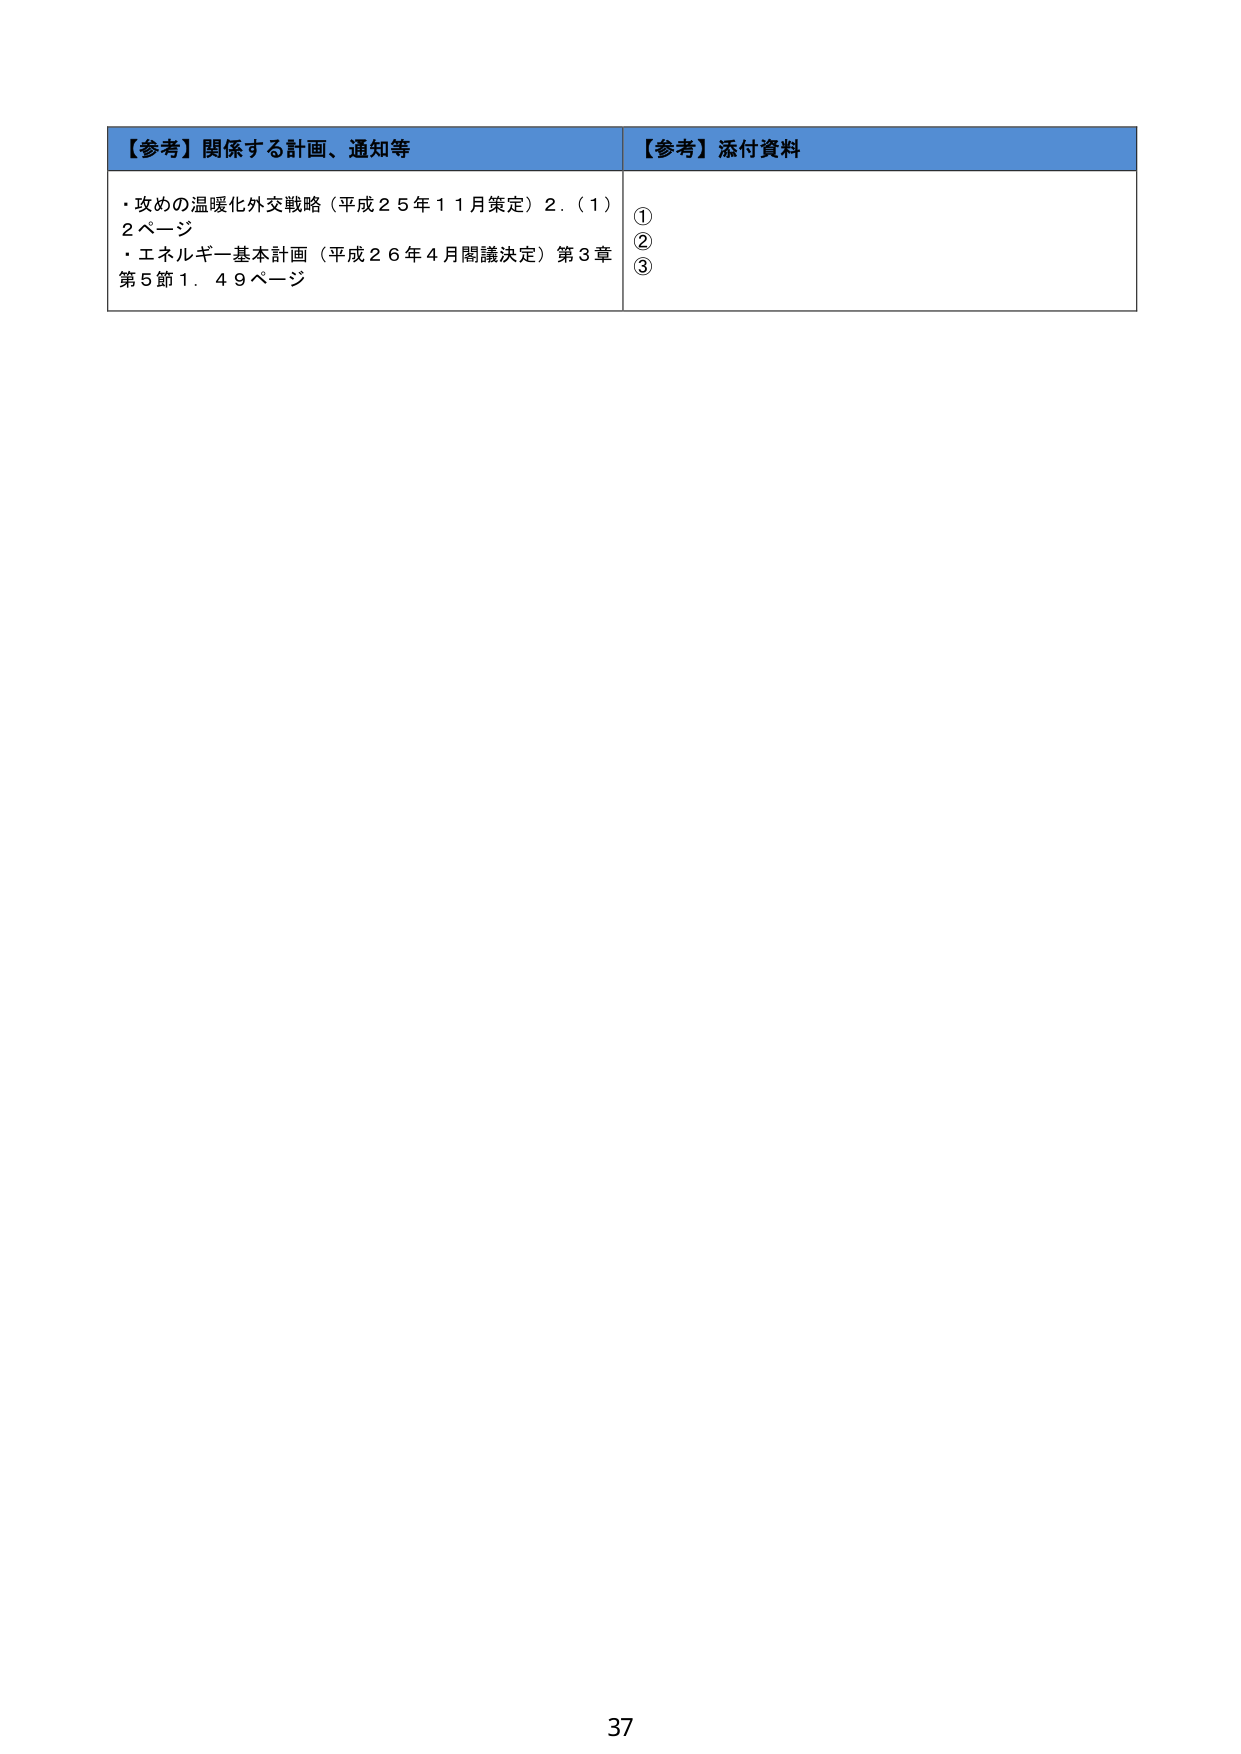
【参考】関係する計画、通知等
・攻めの温暖化外交戦略（平成２５年１１月策定）２．（１）
２ページ
・エネルギー基本計画（平成２６年４月閣議決定）第３章
第５節１．４９ページ

【参考】添付資料
①
②
③

37